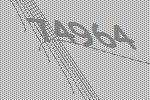
74964